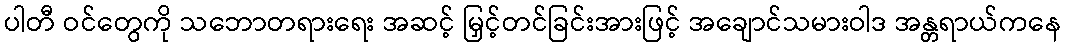
ပါတီ ဝင်တွေကို သဘောတရားရေး အဆင့် မြှင့်တင်ခြင်းအားဖြင့် အချောင်သမားဝါဒ အန္တရာယ်ကနေ